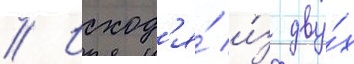
// Исход'я́ и́з дву́х